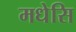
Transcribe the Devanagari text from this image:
मधेसि